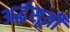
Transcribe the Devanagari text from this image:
अर्द्धसूत्री